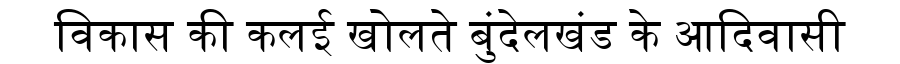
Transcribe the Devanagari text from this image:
विकास की कलई खोलते बुंदेलखंड के आदिवासी